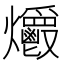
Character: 𤓡